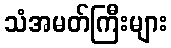
သံအမတ်ကြီးများ